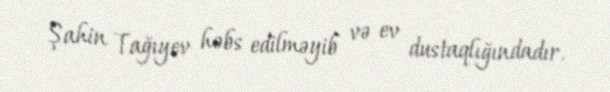
Şahin Tağıyev həbs edilməyib və ev dustaqlığındadır.